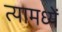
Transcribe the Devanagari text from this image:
त्यामध्यें